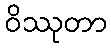
ဝိဿုတာ